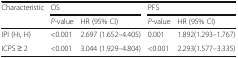
<table><thead><tr><td rowspan="2"><b>Characteristic</b></td><td colspan="2"><b>OS</b></td><td colspan="2"><b>PFS</b></td></tr><tr><td><b><i>P</i>-value</b></td><td><b>HR (95% Cl)</b></td><td><b><i>P</i>-value</b></td><td><b>HR (95% Cl)</b></td></tr></thead><tbody><tr><td>IPI (Hi, H)</td><td>&lt;0.001</td><td>2.697 (1.652–4.405)</td><td>0.001</td><td>1.892(1.293–1.767)</td></tr><tr><td>ICPS ≥ 2</td><td>&lt;0.001</td><td>3.044 (1.929–4.804)</td><td>&lt;0.001</td><td>2.293(1.577–3.335)</td></tr></tbody></table>